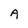
Character: A